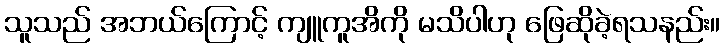
သူသည် အဘယ်ကြောင့် ကျူကူအိကို မသိပါဟု ဖြေဆိုခဲ့ရသနည်း။